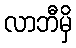
လာဘီမှိ